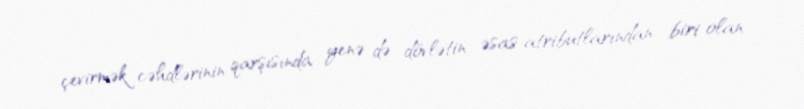
çevirmək cəhdlərinin qarşısında yenə də dövlətin əsas atributlarından biri olan